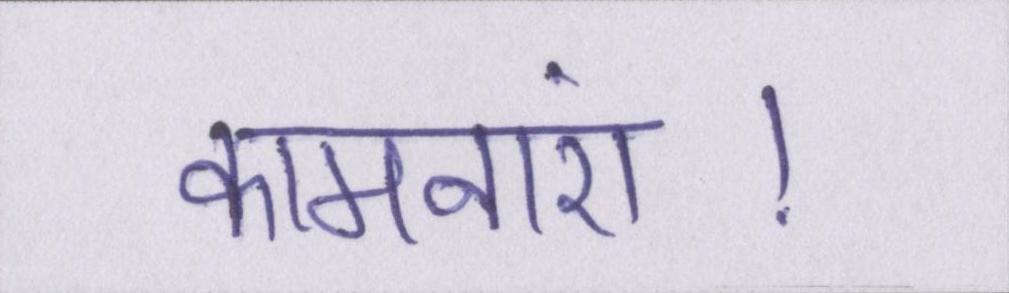
कामनाएं।